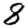
Digit: 8